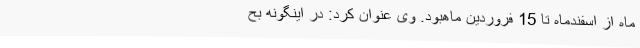
ماه از اسفندماه تا 15 فروردین ماهبود. وی عنوان کرد: در اینگونه بح